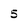
Character: 5